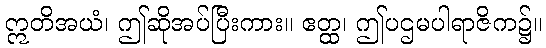
ဣတိအယံ၊ ဤဆိုအပ်ပြီးကား။ ဧတ္ထ၊ ဤပဌမပါရာဇိက၌။